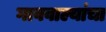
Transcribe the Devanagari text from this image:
गाववाल्यांचा